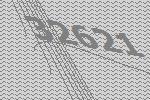
32621